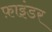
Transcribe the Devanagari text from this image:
फ़ाइंडर